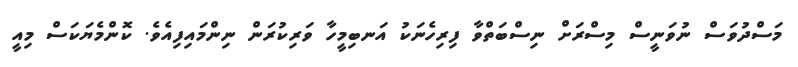
މަސްދުވަސް ނުވަނީސް މިސްރަށް ނިސްބަތްވާ ފިރިހެނަކު އަނބިމީހާ ވަރިކުރަން ނިންމައިފިއެވެ. ކޮންމެޔަކަސް މިއީ